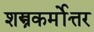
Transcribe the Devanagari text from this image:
शस्त्रकर्मोत्तर